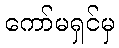
ကော်မရှင်မှ